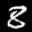
Label: 8